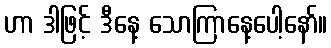
ဟာ ဒါဖြင့် ဒီနေ့ သောကြာနေ့ပေါ့နော်။